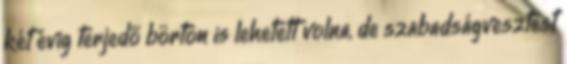
két évig terjedő börtön is lehetett volna, de szabadságvesztést